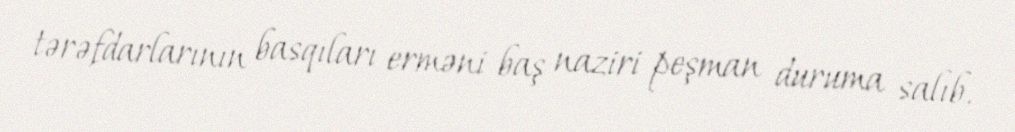
tərəfdarlarının basqıları erməni baş naziri peşman duruma salıb.